Annual statistical returns and brief notes on vaccination in Bengal - 1896-1909
Year: 1896
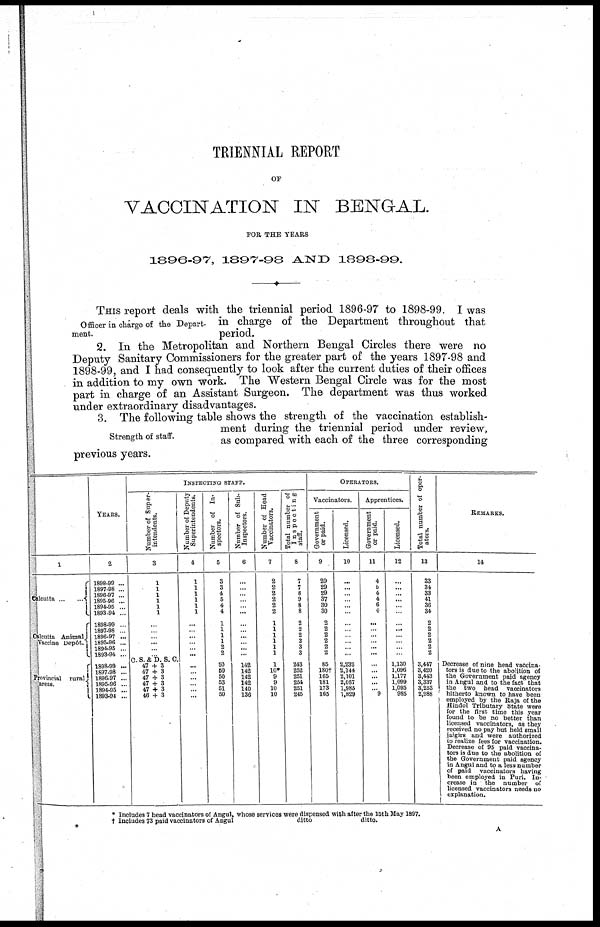
TRIENNIAL REPORT
OF
VACCINATION IN BENGAL.
FOR THE YEARS
1896-97, 1897-98 AND 1898-99.
Officer in charge of the Depart-
ment.
THIS report deals with the triennial period 1896-97 to 1898-99. I was
in charge of the Department throughout that
period.
2. In the Metropolitan and Northern Bengal Circles there were no
Deputy Sanitary Commissioners for the greater part of the years 1897-98 and
1898-99, and I had consequently to look after the current duties of their offices
in addition to my own work. The Western Bengal Circle was for the most
part in charge of an Assistant Surgeon. The department was thus worked
under extraordinary disadvantages.
Strength of staff.
3. The following table shows the strength of the vaccination establish-
ment during the triennial period under review,
as compared with each of the three corresponding
previous years.
1
Calcutta ... ...
Calcutta Animal
Vaccine Depôt.
Provincial rural
areas.
YEARS.
2
1898-99 ...
1897-98 ...
1896-97 ...
1895-96 ...
1894-95 ...
1893-94 ...
1898-99 ...
1897-98 ...
1896-97 ...
1895-96 ...
1894-95 ...
1893-94 ...
1898-99 ...
1897-98 ...
1896-97 ...
1895-96 ...
1894-95 ...
1893-44 ...
INSPECTING STAFF.
Number of Super-
intendents.
3
1
1
1
1
1
1 ...
...
...
...
...
...
C.S.&D. S.C.
47 + 3
47 + 3
47 + 3
47 + 3
47 + 3
46 + 3
Number of Deputy
Superintendents.
4
1
1
1
1
1
1
...
...
...
...
...
...
...
...
...
...
...
...
Number of In-
spectors.
5
3
3
4
5
4
4
1
1
1
1
2
2
50
50
50
53
51
50
Number of Sub-
Inspectors.
6
...
...
...
...
...
...
...
...
...
...
...
...
142
142
142
142
140
136
Number of Head
Vaccinators.
7
2
2
2
2
2
2
1
1
1
1
1
1
1
10*
9
9
10
10
Total number of
Inspecting
staff.
8
7
7
8
9
8
8
2
2
2
2
3
3
243
252
251
254
251
245
OPERATORS.
Vaccinators.
Government
or paid.
9
29
29
29
37
30
30
2
2
2
2
2
2
85
180†
165
181
173
165
Licensed.
10
...
...
...
...
...
...
...
...
...
...
...
...
2,232
2,144
2,101
2,057
1,985
1,829
Apprentices.
Government
or paid.
11
4
5
4
4
6
4
...
...
...
...
...
...
...
...
...
...
...
9
Licensed.
12
...
...
...
...
...
...
...
...
...
...
...
...
1,130
1,096
1,177
1,099
1,095
985
Total number of oper-
ators.
13
33
34
33
41
36
34
2
2
2
2
2
2
3,447
3,420
3,443
3,337
3,253
2,988
REMARKS.
14
Decrease of nine head vaccina-
tors is due to the abolition of
the Government paid agency
in Angul and to the fact that
the two head vaccinators
hitherto known to have been
emploted by the Raja of the
Hindol Tributary State were
for the first time this year
found to be no better than
licensed vaccinators, as they
received no pay but held small
jaigirs and were authorized
10 realize fees for vaccination.
Decrease of 95 paid vaccina-
tors is due to the abolition of
the Government paid agency
in Angul and to a less number
of paid vaccinators having
been employed in Puri. In-
crease in the number of
licensed vaccinators needs no
explanation.
*
* Includes 7 head vaccinators of Angul, whose services were dispensed with after the 15th May 1897.
† Includes 73 paid vaccinators of Angul
ditto
ditto.
A